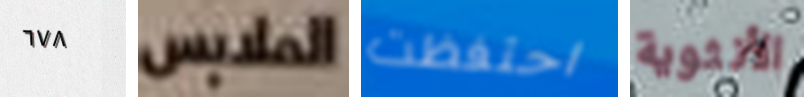
٦٧٨ الملابس احتفظت الأنثوية